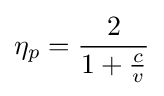
\eta _{p}={\frac {2}{1+{\frac {c}{v}}}}